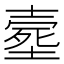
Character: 𡔸